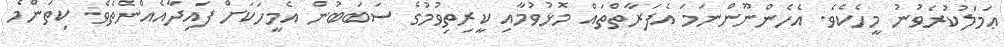
ޢަމަލުކުރެވުނު މީހެކެވެ. އެހެންނޫންނަމަ އެފަރާތްތައް މޮޅުވުމާއި ކީރިތިވުމުގެ ސަބަބުން އެމީހަކަށް ފައިދާއެއްނެތެވެ. ކިތަންމެ